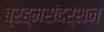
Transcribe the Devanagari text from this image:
ब्रह्मसंदर्शन